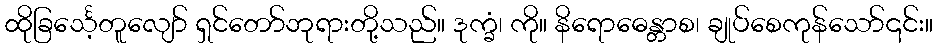
ထိုခြင်္သေ့တူလျော် ရှင်တော်ဘုရားတို့သည်။ ဒုက္ခံ၊ ကို။ နိရောဓေန္တာစ၊ ချုပ်စေကုန်သော်၎င်း။